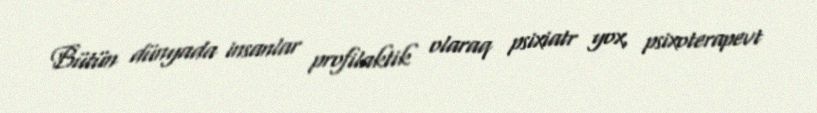
Bütün dünyada insanlar profilaktik olaraq psixiatr yox, psixoterapevt